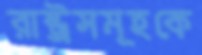
রাষ্ট্রসমূহকে